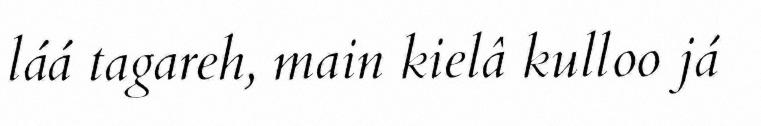
láá tagareh, main kielâ kulloo já